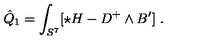
\hat { Q } _ { 1 } = \int _ { S ^ { 7 } } [ \star H - D ^ { + } \wedge B ^ { \prime } ] \ .